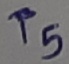
Text: T5